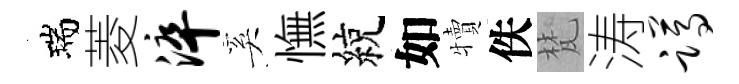
瑞菱淬奚憮綂如犢佚梵涛蹲